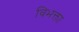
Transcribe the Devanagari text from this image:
विभक्ता